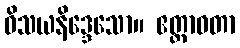
ဝိသယနိဒ္ဒေသော။ ဧတ္တာဝတာ